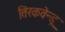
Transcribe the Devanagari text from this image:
तिरकवेन्डू